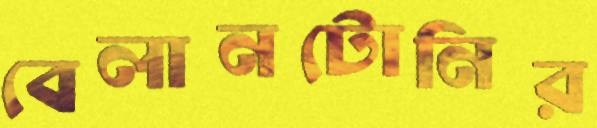
বেলানটোনির